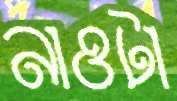
নাওটা